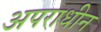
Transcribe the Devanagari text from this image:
अपराधीन